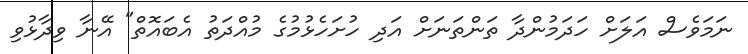
ނަމަވެސް އަލަށް ހަދަމުންދާ ތަންތަނަށް އަދި ހުށަހެޅުމުގެ މުއްދަތު އެބައޮތް" އޭނާ ވިދާޅުވި